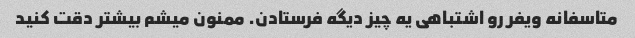
متاسفانه ویفر رو اشتباهی یه چیز دیگه فرستادن. ممنون میشم بیشتر دقت کنید